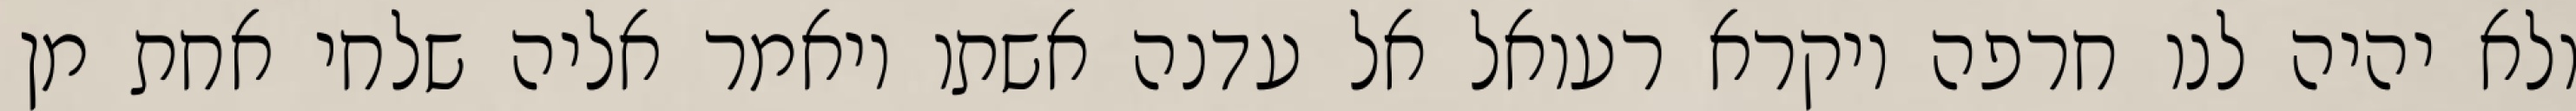
ולא יהיה לנו חרפה ויקרא רעואל אל עדנה אשתו ויאמר אליה שלחי אחת מן